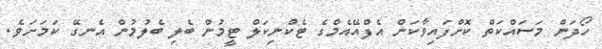
ހޯދަން މަސައްކަތް ކޮށްފައިވާކަން އެފްއޭއެމްގެ ޓެކްނިކަލް ޓީމުން ބެލި ބެލުމުން އެނގޭ ކަމަށަވެ.